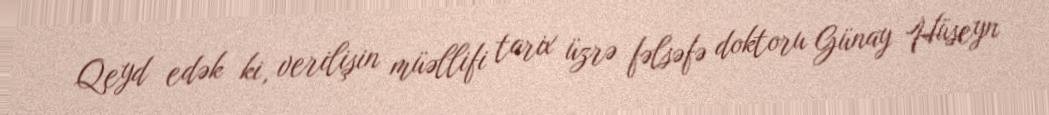
Qeyd edək ki, verilişin müəllifi tarix üzrə fəlsəfə doktoru Günay Hüseyn